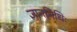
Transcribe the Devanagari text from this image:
ज्ञाननिधिः